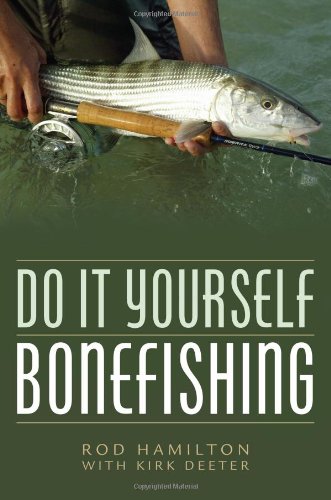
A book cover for Do It Yourself Bonefishing; Rod Hamilton; Sports & Outdoors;